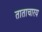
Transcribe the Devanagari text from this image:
ताताचारय